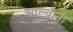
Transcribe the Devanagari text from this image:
साल्वीनी